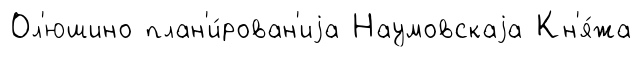
Ол'юшино план'и́рован'иjа Наумовскаjа Кн'я́жа